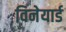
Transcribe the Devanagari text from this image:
विनेयार्ड